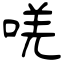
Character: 唴